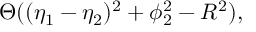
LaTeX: \Theta ( ( \eta _ { 1 } - \eta _ { 2 } ) ^ { 2 } + \phi _ { 2 } ^ { 2 } - R ^ { 2 } ) ,